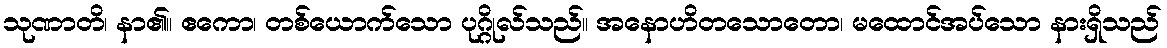
သုဏာတိ၊ နာ၏။ ဧကော၊ တစ်ယောက်သော ပုဂ္ဂိုလ်သည်။ အနောဟိတသောတော၊ မထောင်အပ်သော နားရှိသည်